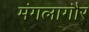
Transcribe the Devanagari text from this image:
मंगलागौर